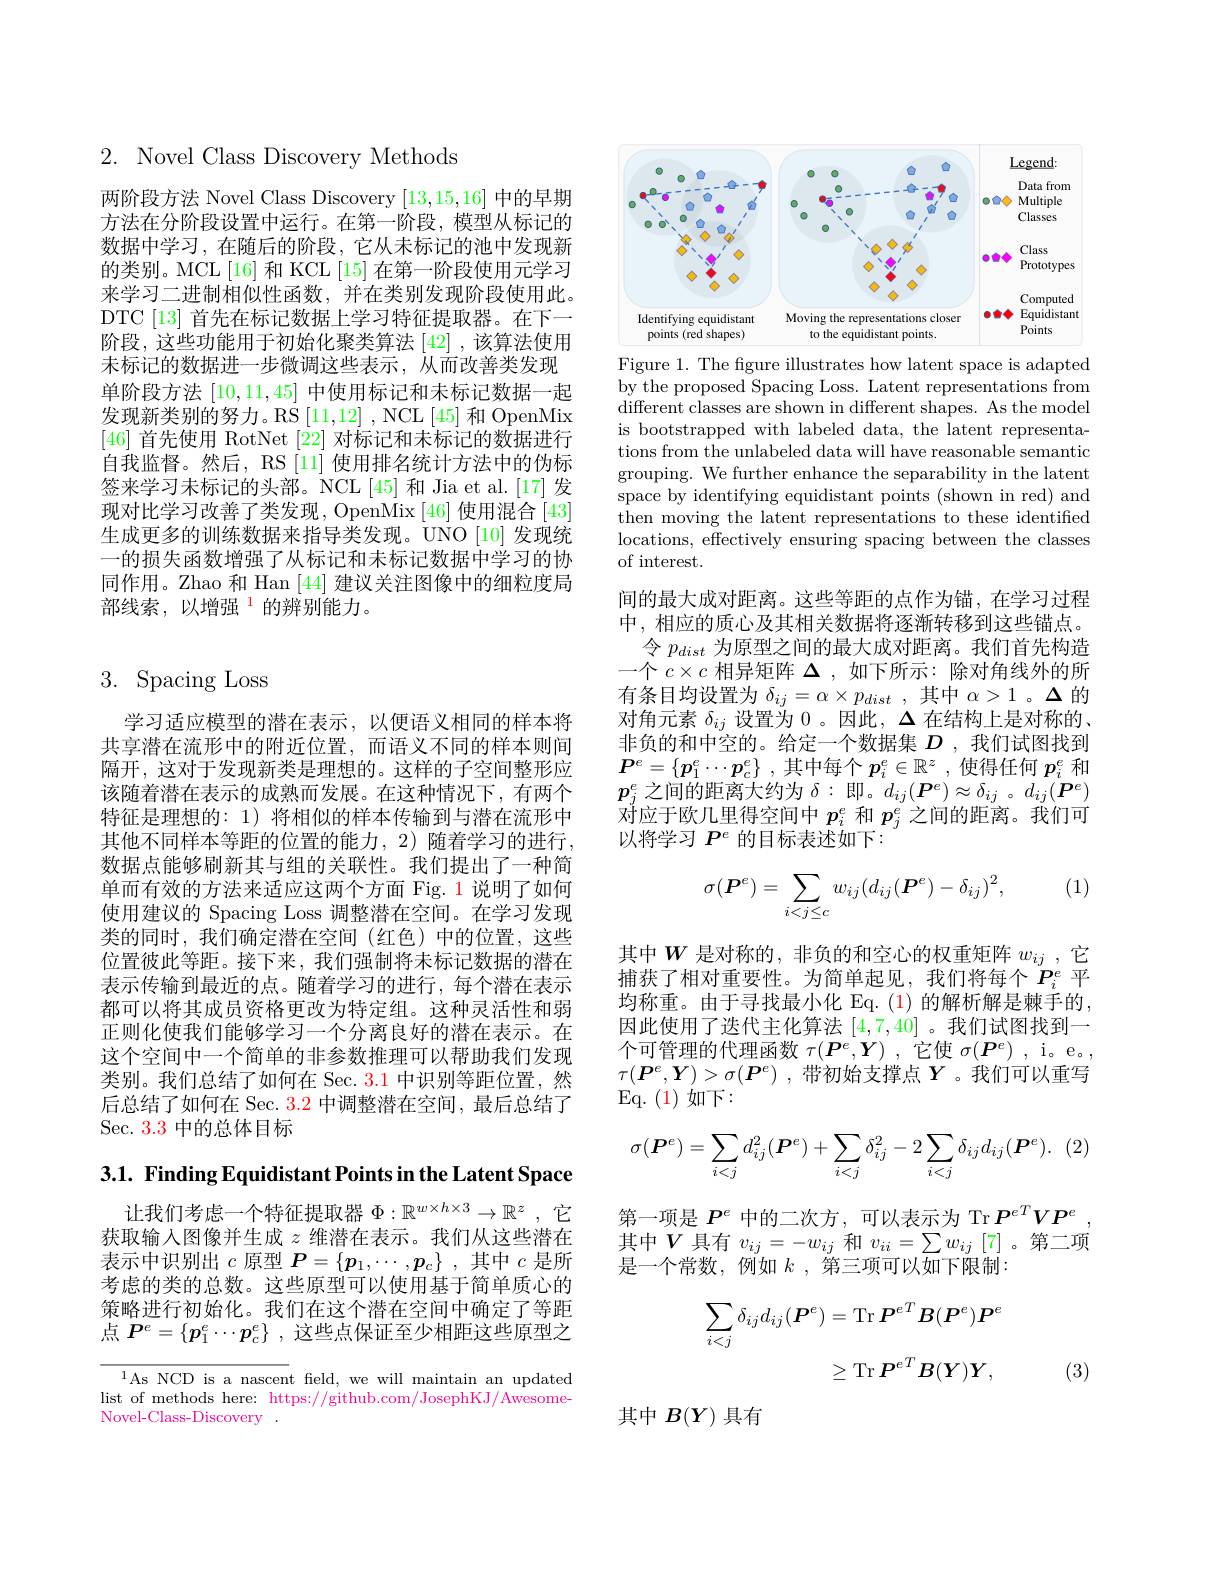
# 3. Spacing Loss

学习适应模型的潜在表示，以便语义相同的样本将共享潜在流形中的附近位置，而语义不同的样本则间隔开，这对于发现新类是理想的。这样的子空间整形应该随着潜在表示的成熟而发展。在这种情况下，有两个特征是理想的：1) 将相似的样本传输到与潜在流形中其他不同样本等距的位置的能力，2)随着学习的进行， 数据点能够刷新其与组的关联性。我们提出了一种简单而有效的方法来适应这两个方面 Fig. 1 说明了如何使用建议的 Spacing Loss 调整潜在空间。在学习发现类的同时，我们确定潜在空间(红色)中的位置，这些位置彼此等距。接下来，我们强制将未标记数据的潜在表示传输到最近的点。随着学习的进行，每个潜在表示都可以将其成员资格更改为特定组。这种灵活性和弱正则化使我们能够学习一个分离良好的潜在表示。在这个空间中一个简单的非参数推理可以帮助我们发现类别。我们总结了如何在 Sec. 3.1 中识别等距位置，然后总结了如何在 Sec. $\color{red}{3.2}$中调整潜在空间，最后总结了Sec. 3.3 中的总体目标

3.1. Finding Equidistant Points in the Latent Space

让我们考虑一个特征提取器$\Phi:\mathbb{R}^w\times h\times3\to\mathbb{R}^z$ ,它获取输入图像并生成$z$维潜在表示。我们从这些潜在表示中识别出$c$原型$P=\{p_1,\cdots,p_c\}$ ,其中$c$是所考虑的类的总数。这些原型可以使用基于简单质心的策略进行初始化。我们在这个潜在空间中确定了等距点$\boldsymbol{P}^e=\{\boldsymbol{p}_1^e\cdots\boldsymbol{p}_c^e\}$ ,这些点保证至少相距这些原型之

$^{1}$As NCD is a nascent feld, we will maintain an updated list of methods here: https://github.com/JosephKJ/AwesomeNovel-Class-Discovery .

$2.{\mathrm{~Novel~Class~Discovery~Methods}}$

两阶段方法 Novel Class Discovery [13,15,16]中的早期方法在分阶段设置中运行。在第一阶段，模型从标记的数据中学习，在随后的阶段，它从未标记的池中发现新的类别。MCL[16] 和 KCL[15] 在第一阶段使用元学习来学习二进制相似性函数，并在类别发现阶段使用此。DTC [13] 首先在标记数据上学习特征提取器。在下一阶段，这些功能用于初始化聚类算法[42] ,该算法使用未标记的数据进一步微调这些表示，从而改善类发现单阶段方法[10,11,45]中使用标记和未标记数据一起发现新类别的努力。RS[11,12] , NCL[45] 和 OpenMix [46]首先使用 RotNet [22] 对标记和未标记的数据进行自我监督。然后，RS[11] 使用排名统计方法中的伪标签来学习未标记的头部。NCL[45] 和 Jia et al.[17]发现对比学习改善了类发现，OpenMix [46]使用混合[43] 生成更多的训练数据来指导类发现。UNO[10]发现统一的损失函数增强了从标记和未标记数据中学习的协同作用。Zhao 和 Han [44] 建议关注图像中的细粒度局部线索，以增强$^{1}$的辨别能力。

<FigureHere>

Figure 1. The figure illustrates how latent space is adapted by the proposed Spacing Loss. Latent representations from different classes are shown in different shapes. As the model is bootstrapped with labeled data, the latent representations from the unlabeled data will have reasonable semantic grouping. We further enhance the separability in the latent space by identifying equidistant points (shown in red) and then moving the latent representations to these identified locations, effectively ensuring spacing between the classes of interest.

间的最大成对距离。这些等距的点作为锚，在学习过程中，相应的质心及其相关数据将逐渐转移到这些锚点。
令$p_{dist}$为原型之间的最大成对距离。我们首先构造一个$c\times c$相异矩阵$\Delta$,如下所示：除对角线外的所有条目均设置为$\delta_{ij}=\alpha\times p_{dist}$ ,其中$\alpha>1$ 。$\Delta$的对角元素$\delta_{ij}$设置为 0。因此，$\Delta$在结构上是对称的、 非负的和中空的。给定一个数据集$D$ ,我们试图找到$\boldsymbol{P}^e= \{ \boldsymbol{p}_1^e\cdots \boldsymbol{p}_c^e\}$ ,其中每个$p_i^e\in\mathbb{R}^z$ ,使得任何$p_i^e$和$p_{j}^{e}$之间的距离大约为$\delta:即。d_ij(\boldsymbol{P}^e)\approx\delta_{ij}$ 。$d_ij(\boldsymbol{P}^e)$ 对应于欧几里得空间中$p_i^e$和$p_j^e$之间的距离。我们可以将学习$P^e$的目标表述如下：

(1)
$$\sigma(\boldsymbol{P}^e)=\sum_{i<j\leq c}w_{ij}(d_{ij}(\boldsymbol{P}^e)-\delta_{ij})^2,$$
其中$W$是对称的，非负的和空心的权重矩阵$w_{ij}$ ,它捕获了相对重要性。为简单起见，我们将每个$P_i^e$平均称重。由于寻找最小化 Eq.(1)的解析解是棘手的， 因此使用了迭代主化算法[4,7,40] 。我们试图找到一个可管理的代理函数$\tau(\boldsymbol{P}^e,\boldsymbol{Y})$ ,它使$\sigma(\boldsymbol{P}^e)$ ,i。e。, $\tau ( \boldsymbol{P}^e, \boldsymbol{Y}) > \sigma ( \boldsymbol{P}^e)$ ,带初始支撑点 $\boldsymbol{Y}$。我们可以重写Eq. ( 1) 如 下 :
$$\begin{aligned}\sigma(\boldsymbol{P}^e)=\sum_{i<j}d_{ij}^2(\boldsymbol{P}^e)+\sum_{i<j}\delta_{ij}^2-2\sum_{i<j}\delta_{ij}d_{ij}(\boldsymbol{P}^e).\end{aligned}$$
第一项是$P^e$中的二次方，可以表示为 Tr $P^eTVP^e$ 其中$V$具有$v_ij=-w_{ij}$和$v_ii=\sum w_{ij}[7]$ 。第二项是一个常数，例如$k$ ,第三项可以如下限制：
$$\begin{aligned}\sum_{i<j}\delta_{ij}d_{ij}(\boldsymbol{P}^{e})&=\operatorname{Tr}\boldsymbol{P}^{eT}\boldsymbol{B}(\boldsymbol{P}^{e})\boldsymbol{P}^{e}\\&\geq\operatorname{Tr}\boldsymbol{P}^{eT}\boldsymbol{B}(\boldsymbol{Y})\boldsymbol{Y},\end{aligned}$$
(3)

其中$B(Y)$具有